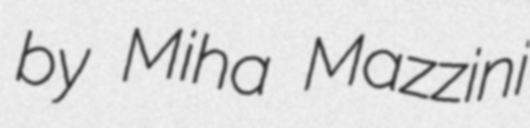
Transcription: by Miha Mazzini